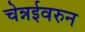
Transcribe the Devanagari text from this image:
चेन्नईवरुन